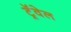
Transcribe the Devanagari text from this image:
ट्रॅवेल